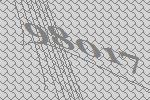
98017